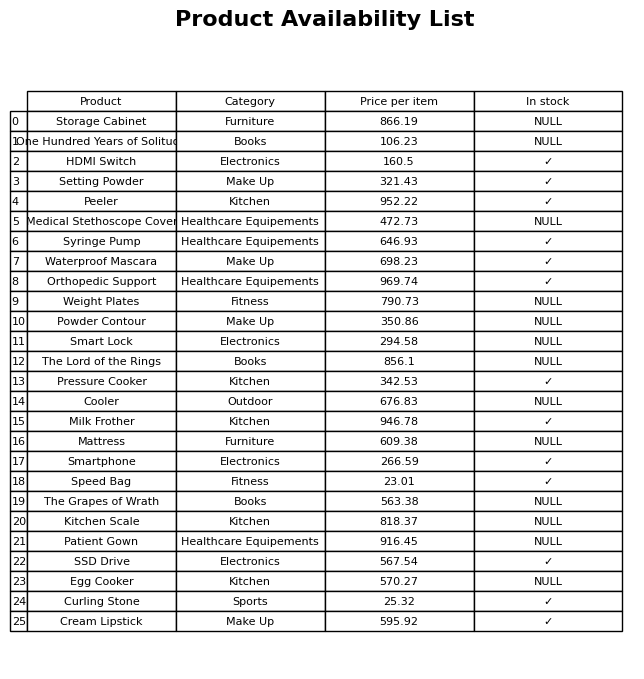
question: Which products are currently out of stock?
answer: Storage Cabinet, One Hundred Years of Solitude, Medical Stethoscope Cover, Weight Plates, Powder Contour, Smart Lock, The Lord of the Rings, Cooler, Mattress, The Grapes of Wrath, Kitchen Scale, Patient Gown, Egg Cooker